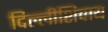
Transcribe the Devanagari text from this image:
दिल्लीशिवाय